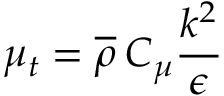
\mu _ { t } = \overline { { \rho } } \: C _ { \mu } \frac { k ^ { 2 } } { \epsilon }